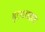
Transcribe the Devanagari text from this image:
हायाघाट